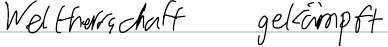
Weltherrschaft gekämpft